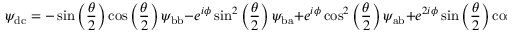
\psi _ { \mathrm { d c } } = - \sin \left( \frac { \theta } { 2 } \right) \cos \left( \frac { \theta } { 2 } \right) \psi _ { \mathrm { b b } } - e ^ { i \phi } \sin ^ { 2 } \left( \frac { \theta } { 2 } \right) \psi _ { \mathrm { b a } } + e ^ { i \phi } \cos ^ { 2 } \left( \frac { \theta } { 2 } \right) \psi _ { \mathrm { a b } } + e ^ { 2 i \phi } \sin \left( \frac { \theta } { 2 } \right) \cos \left( \frac { \theta } { 2 } \right) \psi _ { \mathrm { a a } }